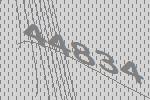
44834